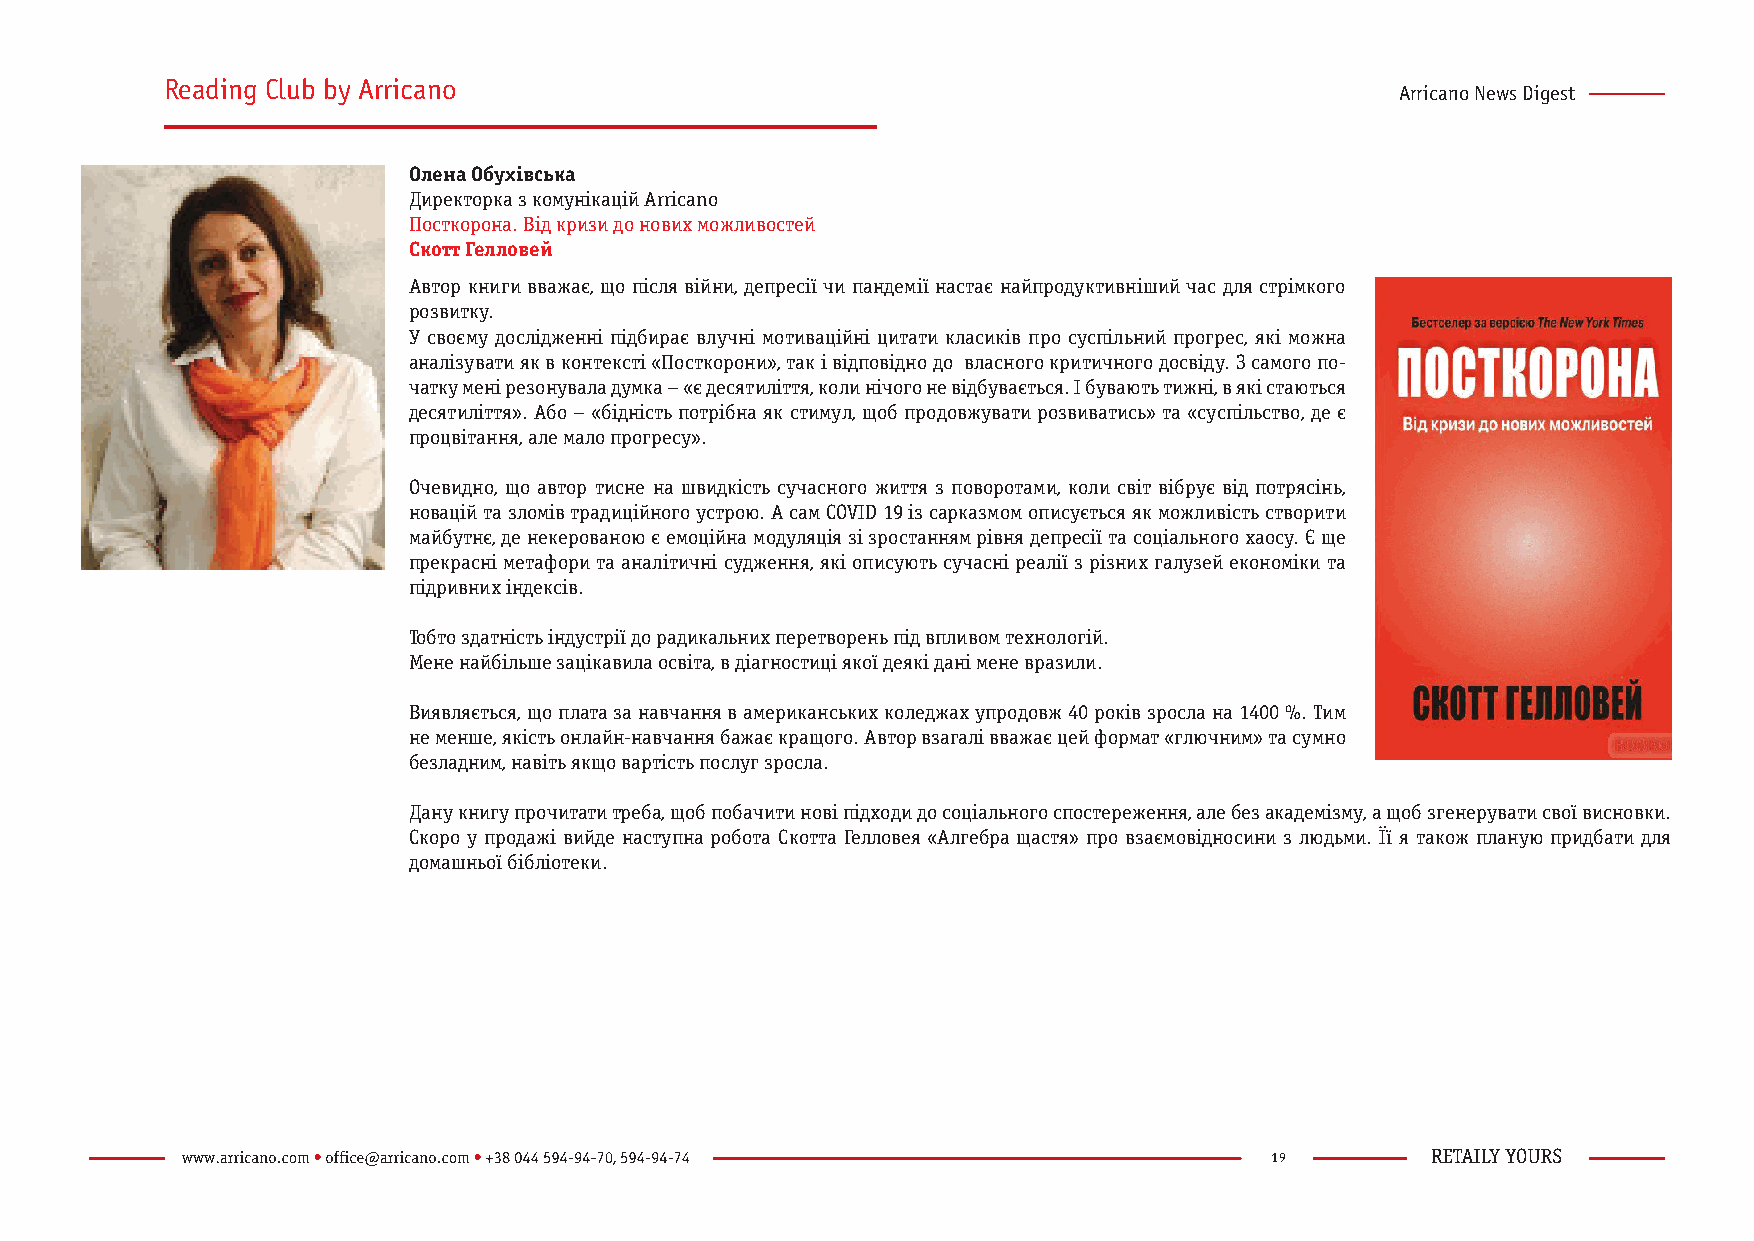
Reading Club by Arricano
 Arricano News Digest
 Олена Обухівська
 Директорка з комунікацій Arricano
 Посткорона. Від кризи до нових можливостей
 Скотт Гелловей
 Автор книги вважає, що після війни, депресії чи пандемії настає найпродуктивніший час для стрімкого
 розвитку.
 У своєму дослідженні підбирає влучні мотиваційні цитати класиків про суспільний прогрес, які можна
 аналізувати як в контексті «Посткорони», так і відповідно до власного критичного досвіду. З самого по-
 чатку мені резонувала думка – «є десятиліття, коли нічого не відбувається. І бувають тижні, в які стаються
 десятиліття». Або – «бідність потрібна як стимул, щоб продовжувати розвиватись» та «суспільство, де є
 процвітання, але мало прогресу».
 Очевидно, що автор тисне на швидкість сучасного життя з поворотами, коли світ вібрує від потрясінь,
 новацій та зломів традиційного устрою. А сам COVID 19 із сарказмом описується як можливість створити
 майбутнє, де некерованою є емоційна модуляція зі зростанням рівня депресії та соціального хаосу. Є ще
 прекрасні метафори та аналітичні судження, які описують сучасні реалії з різних галузей економіки та
 підривних індексів.
 Тобто здатність індустрії до радикальних перетворень під впливом технологій.
 Мене найбільше зацікавила освіта, в діагностиці якої деякі дані мене вразили.
 Виявляється, що плата за навчання в американських коледжах упродовж 40 років зросла на 1400 %. Тим
 не менше, якість онлайн-навчання бажає кращого. Автор взагалі вважає цей формат «глючним» та сумно
 безладним, навіть якщо вартість послуг зросла.
 Дану книгу прочитати треба, щоб побачити нові підходи до соціального спостереження, але без академізму, а щоб згенерувати свої висновки.
 Скоро у продажі вийде наступна робота Скотта Гелловея «Алгебра щастя» про взаємовідносини з людьми. Її я також планую придбати для
 домашньої бібліотеки.
 19